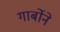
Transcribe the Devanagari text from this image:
गार्बोने